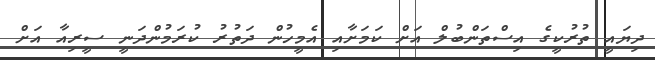
ދިޔައީ ތުރުކީގެ އިސްތަންބުލް އަށް ކަމަށާއި އެމީހުން ދަތުރު ކުރަމުންދަނީ ސީރިއާ އަށް